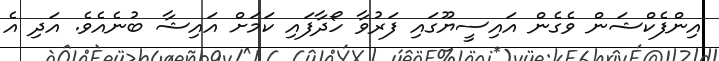
އިންފެކްޝަން ވެގެން އައިސީޔޫގައި ފަރުވާ ހޯދާފައި ކަމަށް އައިޝާ ބުނެއެވެ. އަދި އެ